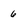
Character: 6